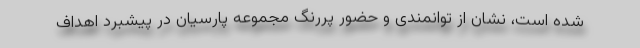
شده است، نشان از توانمندی و حضور پررنگ مجموعه پارسیان در پیشبرد اهداف